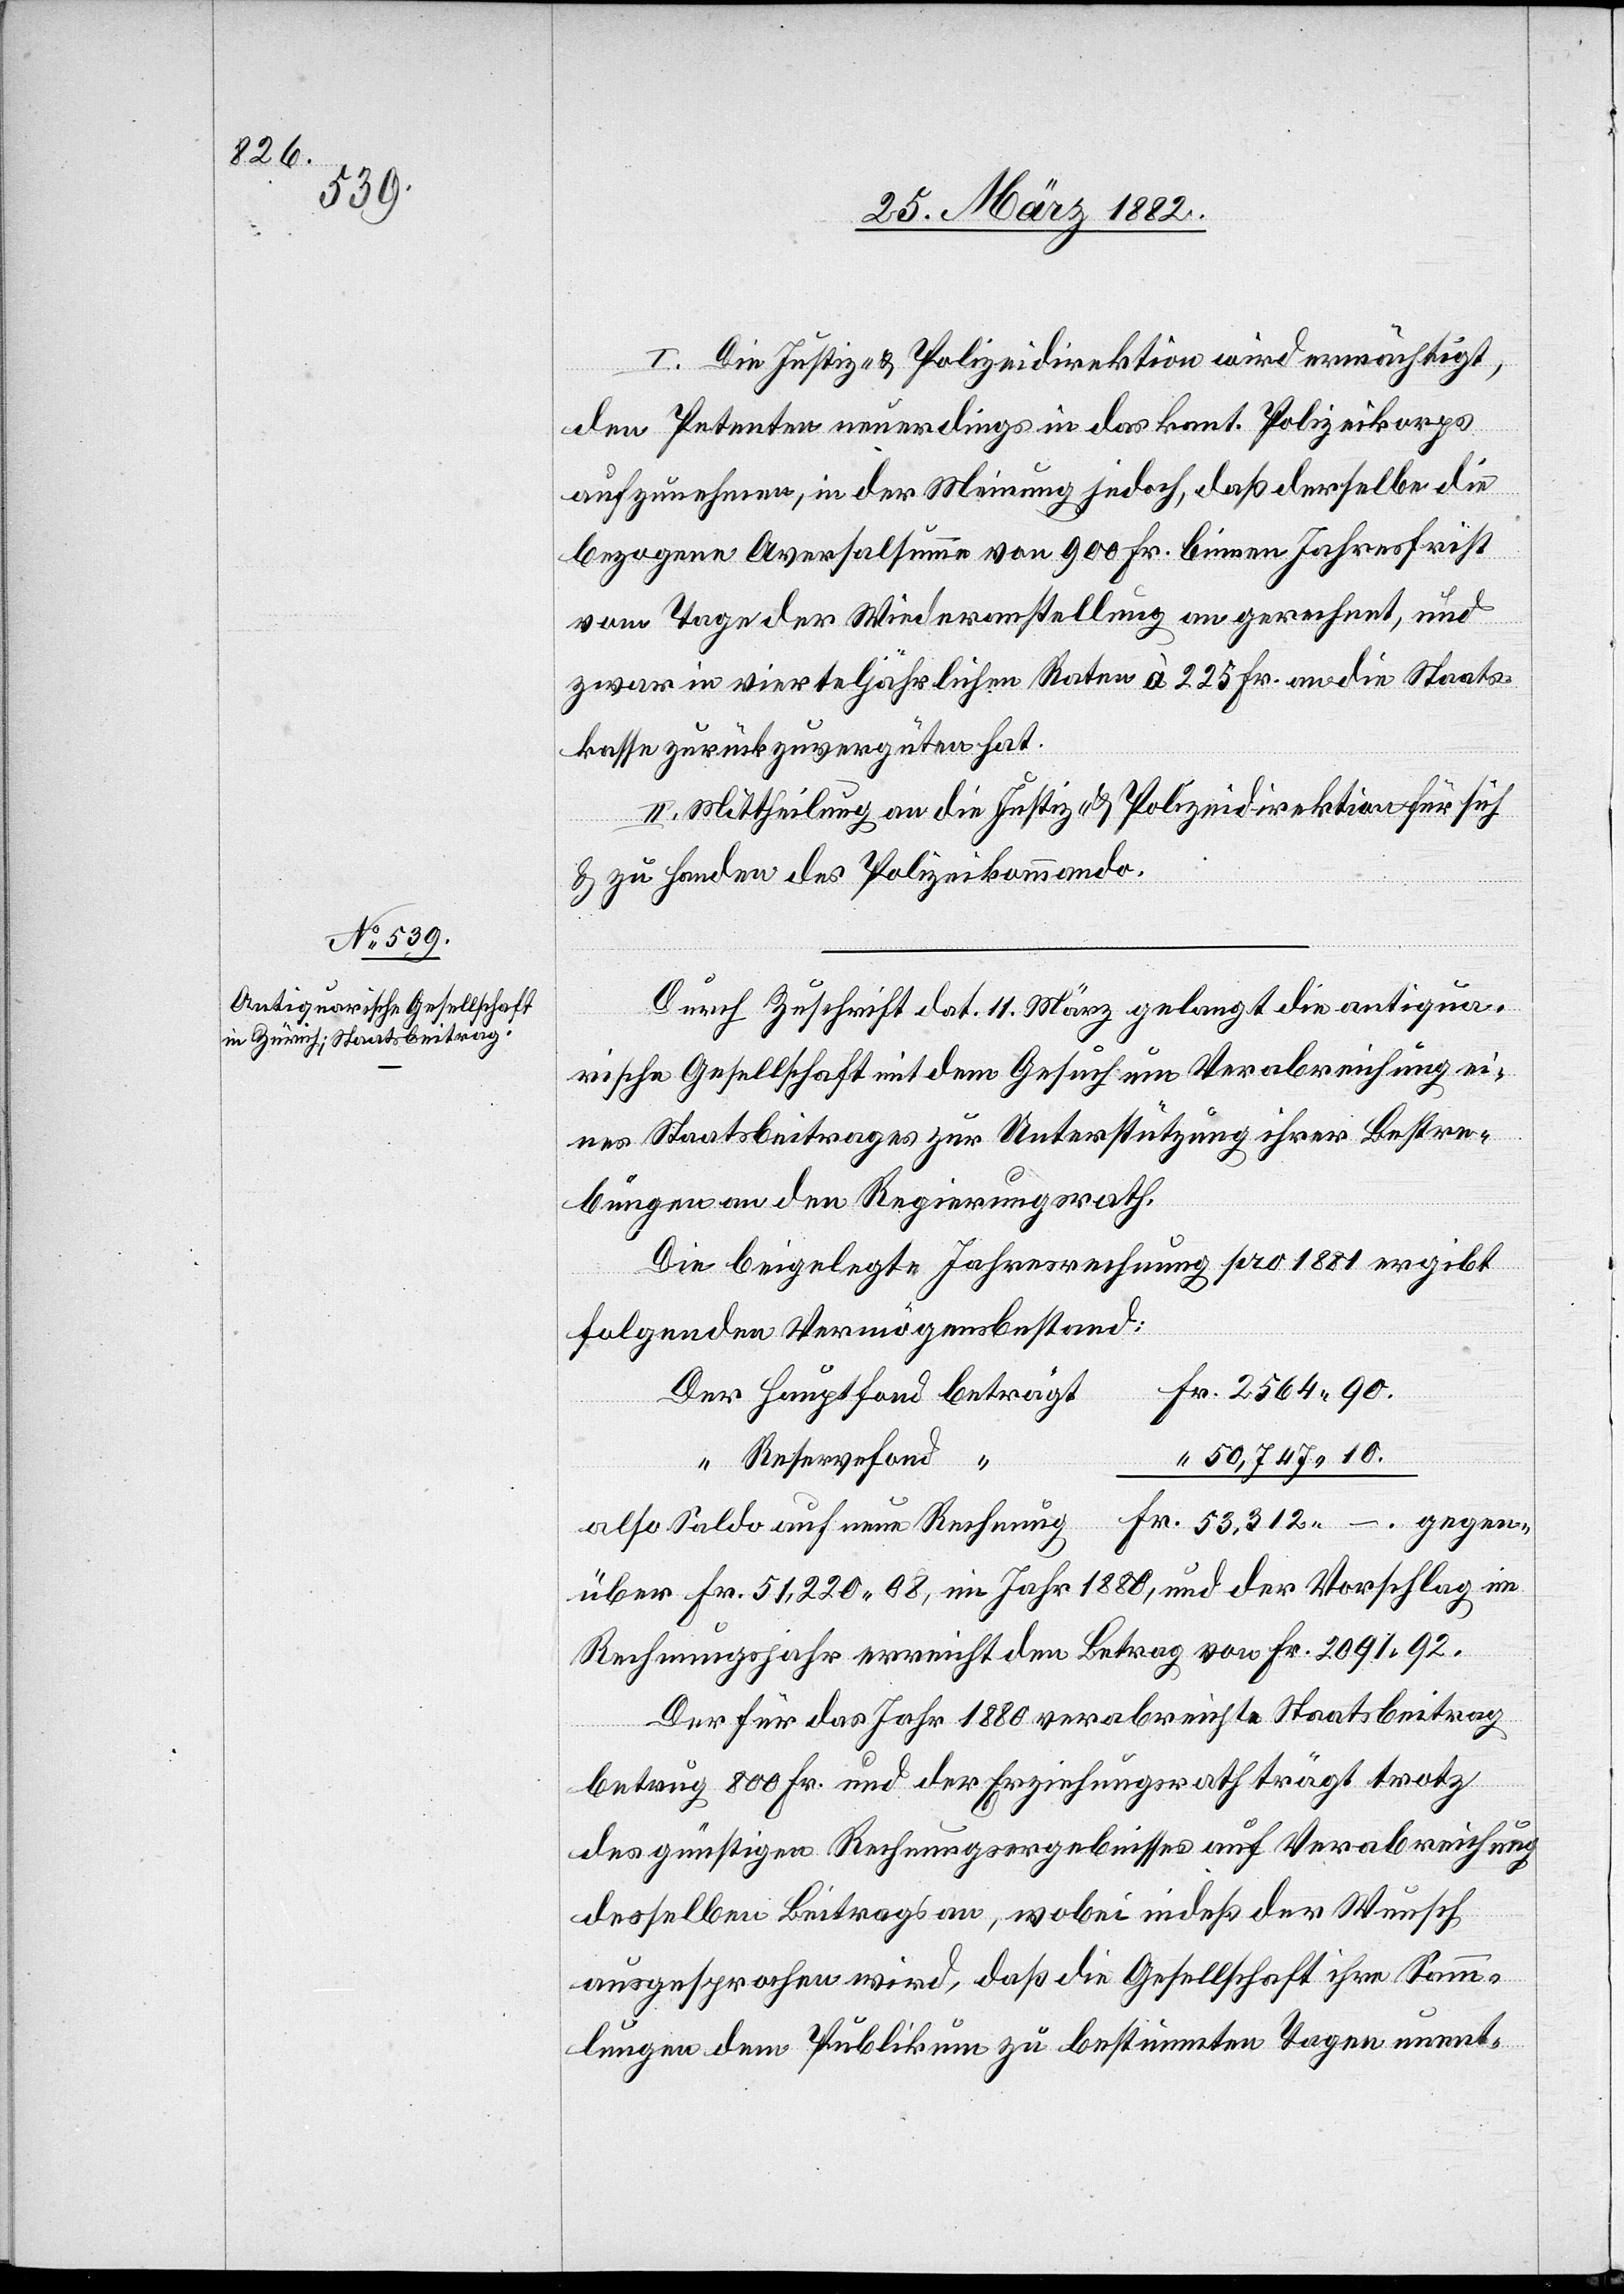
2564

I. Die Justiz- & Polizeidirektion wird ermächtigt,
den Petenten neuerdings in das kant. Polizeikorps
aufzunehmen, in der Meinung jedoch, daß derselbe die
bezogene Aversalsumme von 900 Fr. binnen Jahresfrist
vom Tage der Wiederanstellung an gerechnet, und
zwar in vierteljährlichen Raten à 225 Fr. an die Staats¬
kasse zurückzuvergüten hat.
II. Mittheilung an die Justiz- & Polizeidirektion für sich
& zu Handen des Polizeikommando.
Durch Zuschrift dat. 11 März gelangt die antiqua¬
rische Gesellschaft mit dem Gesuch um Verabreichung ei¬
nes Staatsbeitrages zur Unterstützung ihrer Bestre¬
bungen an den Regierungsrath.
Die beigelegte Jahresrechnung pro 1881 ergibt
folgenden Vermögensbestand:
Reservefond
gegen¬
also Saldo auf neue Rechnung
über Fr. 51,220 08, im Jahr 1880, und der Vorschlag im
Rechnungsjahr erreichte den Betrag von Fr. 2091 92.
Der für das Jahr 1880 verabreichte Staatsbeitrag
betrug 800 Fr. und der Erziehungsrath trägt trotz
des günstigen Rechnungsergebnisses auf Verabreichung
desselben Beitrags an, wobei indeß der Wunsch
ausgesprochen wird, daß die Gesellschaft ihre Samm¬
lungen dem Publikum zu bestimmten Tagen unent-